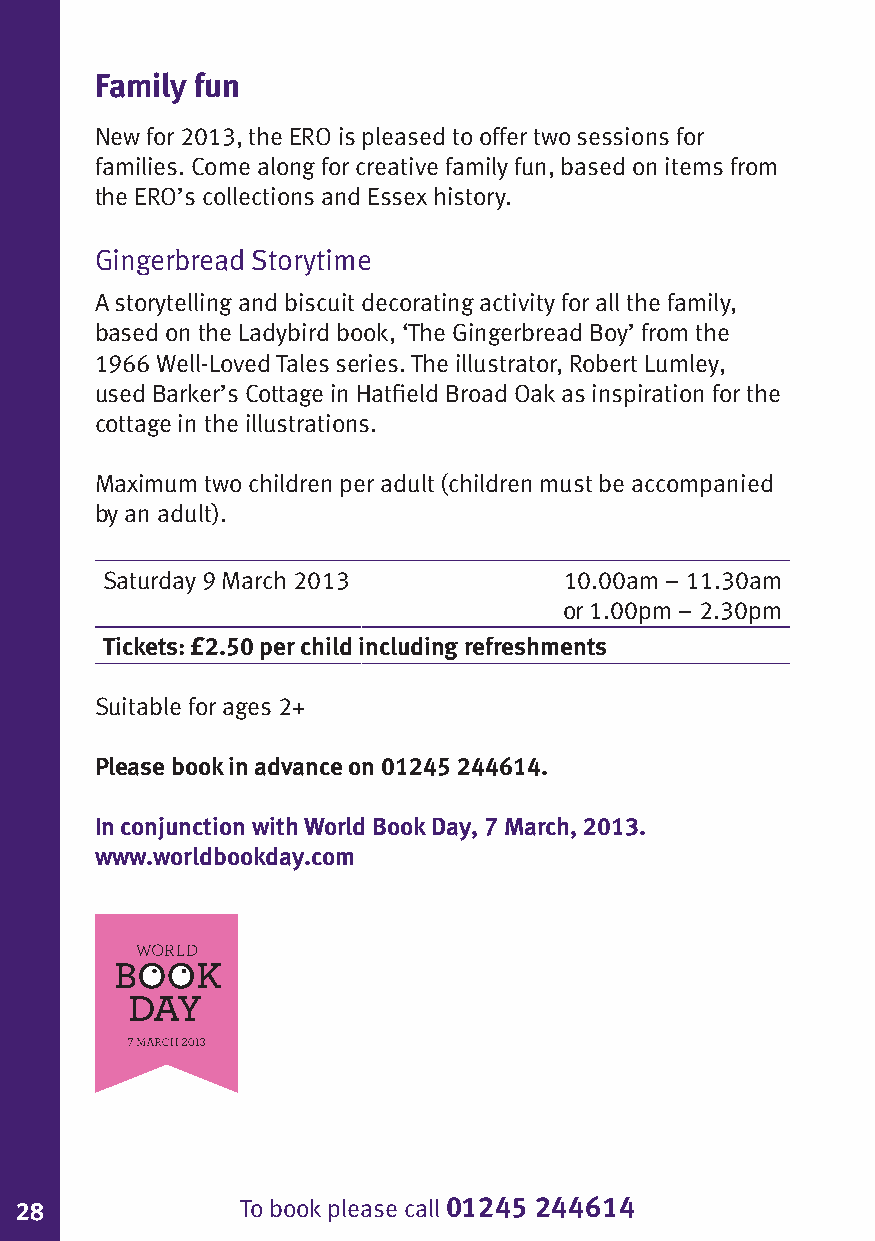
Family fun
 New for 2013, the ERO is pleased to offer two sessions for
 families. Come along for creative family fun, based on items from
 the ERO’s collections and Essex history.
 Gingerbread Storytime
 A storytelling and biscuit decorating activity for all the family,
 based on the Ladybird book, ‘The Gingerbread Boy’ from the
 1966 Well-Loved Tales series. The illustrator, Robert Lumley,
 used Barker’s Cottage in Hatfield Broad Oak as inspiration for the
 cottage in the illustrations.
 Maximum two children per adult (children must be accompanied
 by an adult).
 Saturday 9 March 2013         10.00am – 11.30am
 or 1.00pm – 2.30pm
 Tickets: £2.50 per child including refreshments
 Suitable for ages 2+
 Please book in advance on 01245 244614.
 In conjunction with World Book Day, 7 March, 2013.
 www.worldbookday.com
 28             To book please call 01245 244614